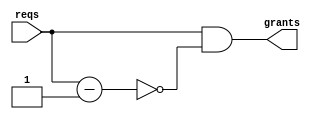
module priority_arbiter #(
    parameter REQ_NUM = 8
)(
    input [REQ_NUM-1 : 0]  reqs,
    output [REQ_NUM-1 : 0] grants
);

wire [REQ_NUM-1 : 0] pre_reqs;
localparam VECTOR = 1'b1;
localparam CONCISE = 1'b1;

generate
    if(CONCISE) begin
        assign grants = reqs & ~(reqs - 1'b1); //
    end 
    else if(VECTOR) begin
        assign pre_reqs[REQ_NUM-1 : 0] = reqs[REQ_NUM-2 : 0] & pre_reqs[REQ_NUM-2 : 0];
        assign grants = reqs & ~pre_reqs;  //
    end
    else begin
        assign pre_reqs[0] = 1'b0;
        assign grants[0] = reqs[0];        
        genvar i;   
        for(i=1;i<REQ_NUM;i=i+1) begin
            assign pre_reqs[i] = |reqs[i-1:0];
            assign grants[i] = reqs[i] & ~pre_reqs[i];
        end   
    end           //forassign
    
endgenerate 


endmodule